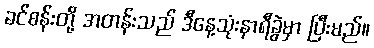
ခင်စန်းတို့ အတန်းသည် ဒီနေ့သုံးနာရီခွဲမှာ ပြီးမည်။